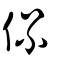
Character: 侃